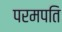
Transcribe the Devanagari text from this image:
परमपति